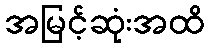
အမြင့်ဆုံးအထိ